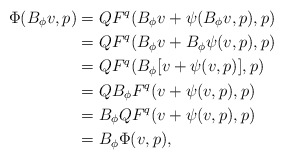
\begin{align*}\Phi(B_\phi v,p) &= QF^q(B_\phi v + \psi(B_\phi v, p), p)\\&=QF^q(B_\phi v + B_\phi\psi(v,p),p)\\&=QF^q(B_\phi[v+\psi(v,p)],p)\\&=QB_\phi F^q(v + \psi(v,p),p)\\&=B_\phi QF^q(v + \psi(v,p),p)\\&=B_\phi \Phi(v,p),\end{align*}